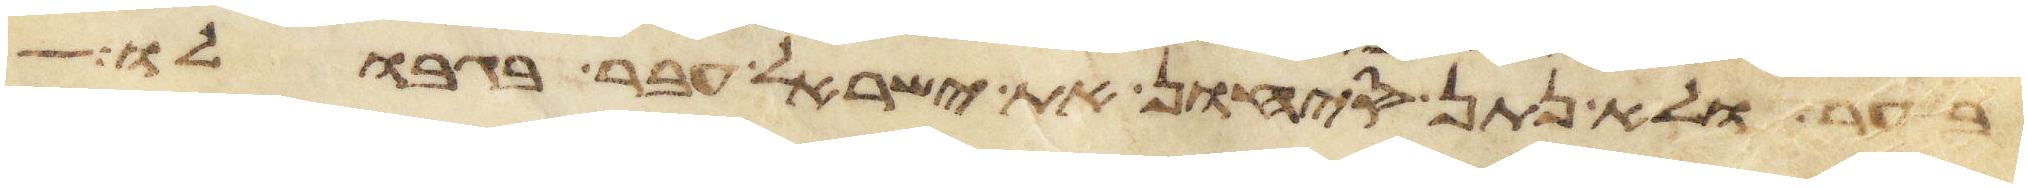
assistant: בער ולא נתן סיחון את ישראל עבר בגבולו